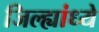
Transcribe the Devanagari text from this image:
जिल्ह्यांध्ये